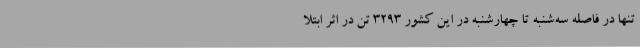
تنها در فاصلهٔ سه‌شنبه تا چهارشنبه در این کشور ۳۲۹۳ تن در اثر ابتلا